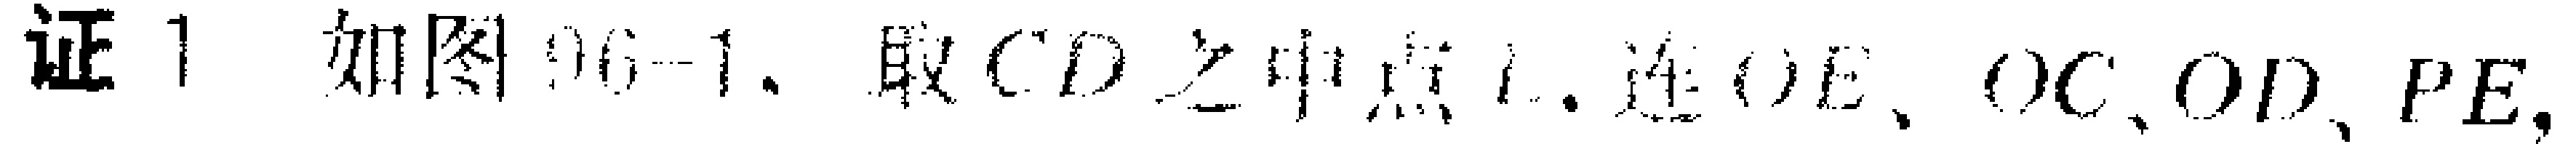
证 1 如图96-1. 取 \(CD\) 之中点 \(E\). 连 \(OE\)、\(OC\)、\(OD\)、\(PE\),